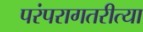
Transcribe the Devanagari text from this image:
परंपरागतरीत्या